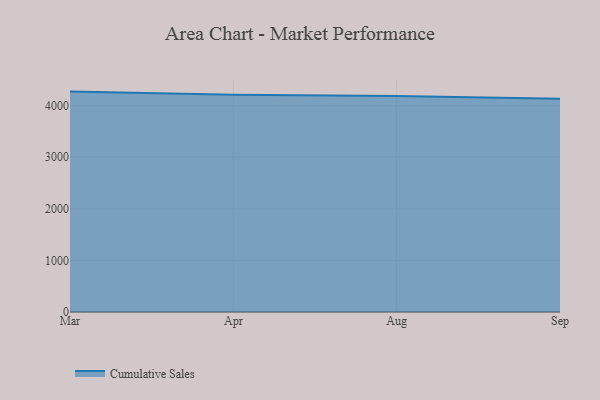
{"axis": {"x": "Month", "y": "Bounce Rate (%)"}, "legend": ["Cumulative Sales"], "data": [{"x": "Mar", "y": 4270.0, "type": "Cumulative Sales"}, {"x": "Apr", "y": 4209.6, "type": "Cumulative Sales"}, {"x": "Aug", "y": 4183.1, "type": "Cumulative Sales"}, {"x": "Sep", "y": 4133.8, "type": "Cumulative Sales"}]}